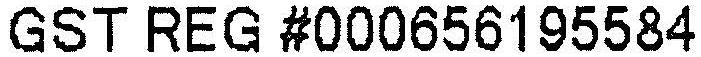
GST REG #000656195584